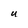
Character: U